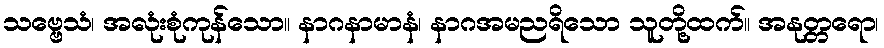
သဗ္ဗေသံ၊ အလုံးစုံကုန်သော။ နာဂနာမာနံ၊ နာဂအမညရိသော သူတို့ထက်။ အနုတ္တရော၊